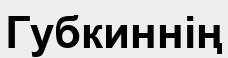
Губкиннің